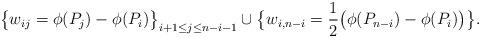
LaTeX: \begin{align*}\big\{w_{ij} = \phi(P_j)-\phi(P_i)\big\}_{i+1\leq j\leq n-i-1}\cup \big\{w_{i, n-i}=\frac{1}{2}\big(\phi(P_{n-i})-\phi(P_i)\big)\big\}.\end{align*}